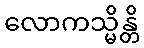
လောကသ္မိန္တိ